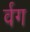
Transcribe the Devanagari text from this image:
र्वग